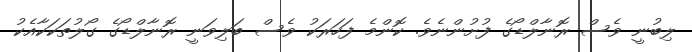
ލިބުނީ ވެސް ރޮނާލްޑޯގެ ފުށުންނެވެ. ކޮންމެ ފަހަރަކު ވެސް ބަލިވަނީ ރޮނާލްޑޯގެ ގޯލުތަކަކާއެކު